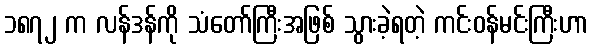
၁၈၇၂ က လန်ဒန်ကို သံတော်ကြီးအဖြစ် သွားခဲ့ရတဲ့ ကင်းဝန်မင်းကြီးဟာ